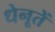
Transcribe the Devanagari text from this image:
धेनूतें